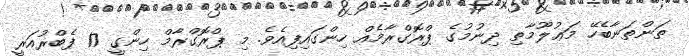
ތަންތަނާބެހޭ މަޢުލޫމާތި ދިނުމުގެ ޕްރޮގްރާމެއް ހިންގައިފިއެވެ. މި ޕްރޮގްރާމް ހިންގީ 17 ފެބްރުއަރީ